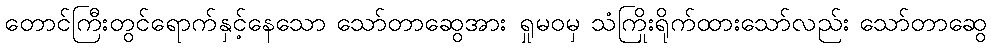
တောင်ကြီးတွင်ရောက်နှင့်နေသော သော်တာဆွေအား ရှုမဝမှ သံကြိုးရိုက်ထားသော်လည်း သော်တာဆွေ